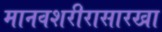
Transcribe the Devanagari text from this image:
मानवशरीरासारखा